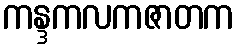
ကန္ဒကလကဇာတက